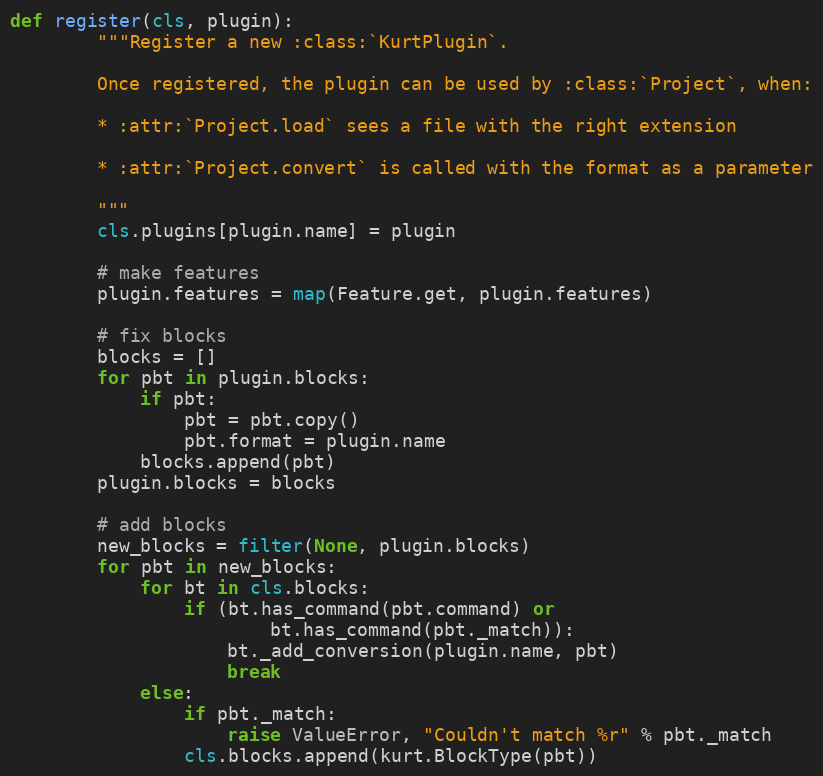
Language: Python
def register(cls, plugin):
        """Register a new :class:`KurtPlugin`.

        Once registered, the plugin can be used by :class:`Project`, when:

        * :attr:`Project.load` sees a file with the right extension

        * :attr:`Project.convert` is called with the format as a parameter

        """
        cls.plugins[plugin.name] = plugin

        # make features
        plugin.features = map(Feature.get, plugin.features)

        # fix blocks
        blocks = []
        for pbt in plugin.blocks:
            if pbt:
                pbt = pbt.copy()
                pbt.format = plugin.name
            blocks.append(pbt)
        plugin.blocks = blocks

        # add blocks
        new_blocks = filter(None, plugin.blocks)
        for pbt in new_blocks:
            for bt in cls.blocks:
                if (bt.has_command(pbt.command) or
                        bt.has_command(pbt._match)):
                    bt._add_conversion(plugin.name, pbt)
                    break
            else:
                if pbt._match:
                    raise ValueError, "Couldn't match %r" % pbt._match
                cls.blocks.append(kurt.BlockType(pbt))